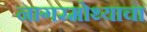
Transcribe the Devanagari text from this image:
नागरमोथ्याचा